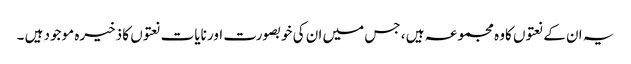
یہ ان کے نعتوں کاوہ مجموعہ ہیں ، جس میں ان کی خوبصورت اور نایات نعتوں کا ذخیرہ موجود ہیں ۔